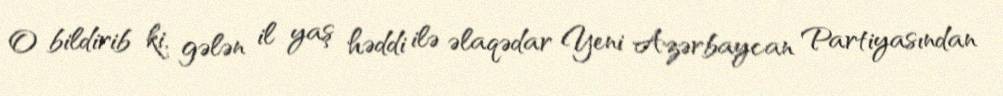
O bildirib ki, gələn il yaş həddi ilə əlaqədar Yeni Azərbaycan Partiyasından